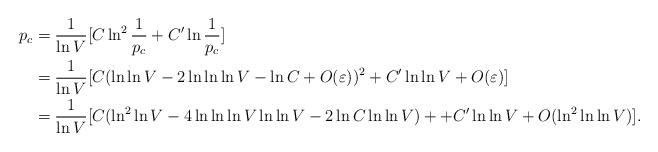
LaTeX: \begin{align*} p_c & = \frac{1}{\ln V} [C \ln^2\frac{1}{p_c} +C' \ln \frac{1}{p_c}]\\& = \frac{1}{\ln V} [C (\ln \ln V - 2 \ln \ln \ln V - \ln C +O(\varepsilon))^2 +C' \ln \ln V + O(\varepsilon)]\\& = \frac{1}{\ln V} [C (\ln^2 \ln V - 4 \ln \ln \ln V \ln \ln V- 2\ln C \ln \ln V) + +C' \ln \ln V + O(\ln^2 \ln \ln V)].\end{align*}